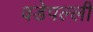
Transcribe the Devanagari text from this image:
वडेपल्‍ली